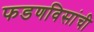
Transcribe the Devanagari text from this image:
फडणविसांची